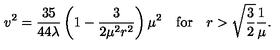
v ^ { 2 } = \frac { 3 5 } { 4 4 \lambda } \left( 1 - \frac { 3 } { 2 \mu ^ { 2 } r ^ { 2 } } \right) \mu ^ { 2 } \quad \mathrm { f o r } \quad r > \sqrt { \frac { 3 } { 2 } } \frac { 1 } { \mu } .